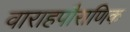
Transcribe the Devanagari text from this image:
वाराहपौराणिक